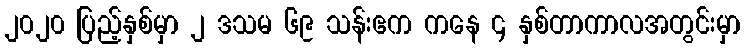
၂၀၂၀ ပြည့်နှစ်မှာ ၂ ဒသမ ၆၉ သန်းဧက ကနေ ၄ နှစ်တာကာလအတွင်းမှာ